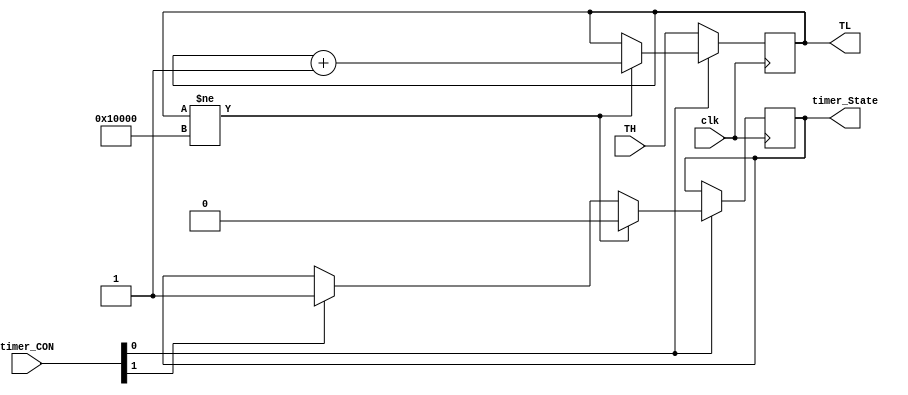
`timescale 1ns / 1ps
module Timer(
input clk,
input[1:0] timer_CON,
input[31:0] TH,
output reg timer_State,
output wire[31:0] TL
    );
    
    reg[31:0] TLreg;
    assign TL = TLreg;
	initial timer_State=1'b1;

    always@(posedge clk)
    if(timer_CON[0] == 1'b1)
    begin
        if(TLreg != 32'h00010000)begin
			timer_State = 1'b0;
            TLreg = TLreg + 32'b1;end
        else
            begin if(timer_CON[1] == 1) timer_State = 1'b1; 
            end
    end else TLreg = TH;
    
    
endmodule